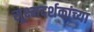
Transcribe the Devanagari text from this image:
सूक्ष्मदर्शकांच्या